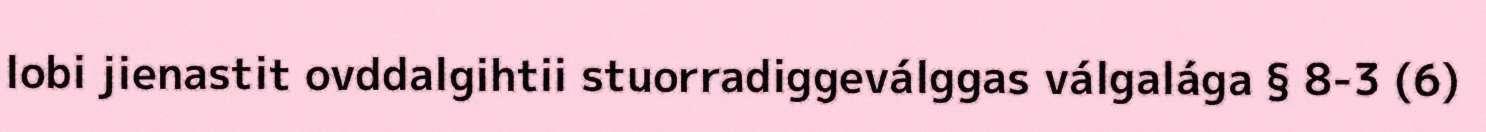
lobi jienastit ovddalgihtii stuorradiggeválggas válgalága § 8-3 (6)